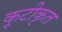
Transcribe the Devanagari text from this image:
कूटीकृत